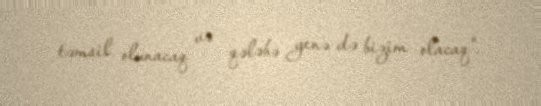
təmsil olunacaq və qələbə yenə də bizim olacaq".